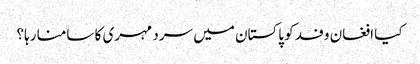
کیا افغان وفد کو پاکستان میں سرد مہری کا سامنا رہا؟